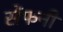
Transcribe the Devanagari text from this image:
सेंफनी